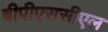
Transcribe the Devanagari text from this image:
बीपीएससीएल